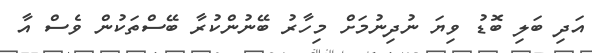
އަދި ބަލި ބޮޑު ވިޔަ ނުދިނުމަށް މިހާރު ބޭނުންކުރާ ބޭސްތަކުން ވެސް އާ